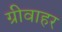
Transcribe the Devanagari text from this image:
ग्रीवाहर